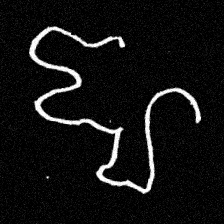
Pyu character \u2014 Myanmar letter: ဈ (romanized: jha)